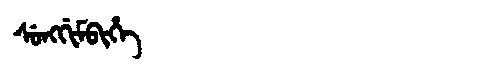
Manchu: ᠰᡠᠩᡤᡳᠮᠪᡳᡥᡝ
Romanization: SUNGGIMBIHE